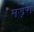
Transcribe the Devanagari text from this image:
मड़रा